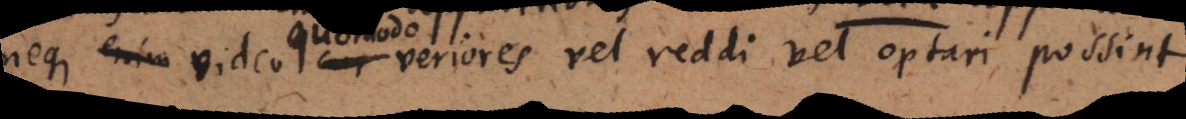
neque enim video cur video quomodo veriores vel reddi vel optari possint